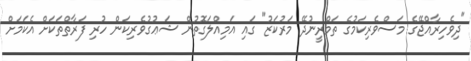
"ދިވެހިރާއްޖޭގެ މަސްވެރިކަމުގެ ތަމްރީނުދޭ މަރުކަޒު" ގައި އަމިއްލަގޮތުން ޝަޢުގުވެރިކަން ހުރި ފަރާތްތަކަށް އެކަމަށް